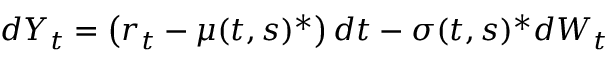
d Y _ { t } = \left( r _ { t } - \mu ( t , s ) ^ { * } \right) d t - { \boldsymbol { \sigma } } ( t , s ) ^ { * } d W _ { t }